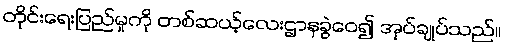
တိုင်းရေးပြည်မှုကို တစ်ဆယ့်လေးဌာနခွဲဝေ၍ အုပ်ချုပ်သည်။